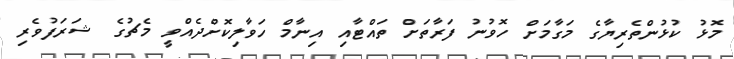
މޮޅު ކުޅުންތެރިޔާގެ މަގާމަށް ހޮވުނު ފަރާތަށް ތައްޓާއި އިނާމް ހަވާލިކޮށްދެއްވީ މެޗުގެ ޝަރަފުވެރި